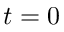
t = 0